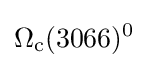
\Omega _{\rm {c}}(3066)^{0}